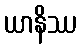
ယာနိဿ